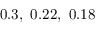
0 . 3 , \ 0 . 2 2 , \ 0 . 1 8